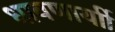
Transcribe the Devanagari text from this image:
धावणार्याी